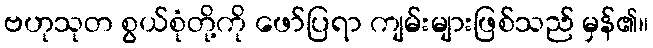
ဗဟုသုတ စွယ်စုံတို့ကို ဖော်ပြရာ ကျမ်းများဖြစ်သည် မှန်၏။